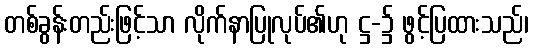
တစ်ခွန်းတည်းဖြင့်သာ လိုက်နာပြုလုပ်၏ဟု ဋ္ဌ-၌ ဖွင့်ပြထားသည်၊